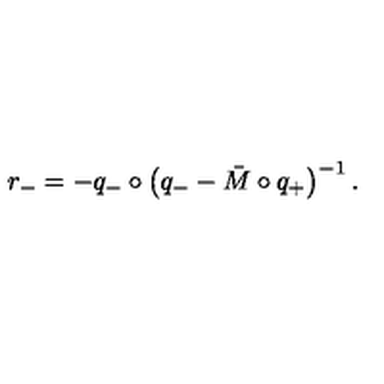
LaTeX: r _ { - } = - q _ { - } \circ \left( q _ { - } - \bar { M } \circ q _ { + } \right) ^ { - 1 } .